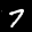
Label: 7